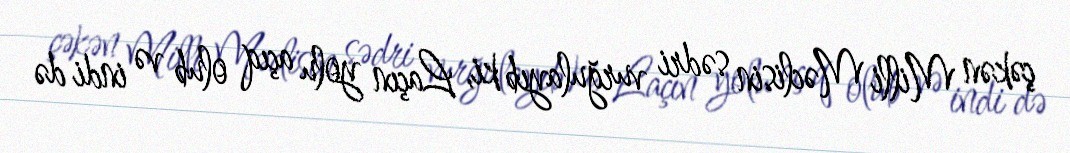
çəkən Milli Məclisin sədri vurğulayıb ki, Laçın yolu açıq olub və indi də